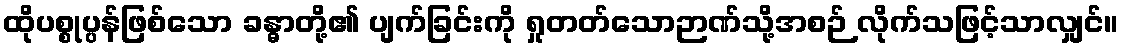
ထိုပစ္စုပ္ပန်ဖြစ်သော ခန္ဓာတို့၏ ပျက်ခြင်းကို ရှုတတ်သောဉာဏ်သို့အစဉ် လိုက်သဖြင့်သာလျှင်။